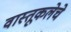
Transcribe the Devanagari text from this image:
वास्तूकलेचे